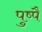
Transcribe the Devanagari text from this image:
पुष्पै